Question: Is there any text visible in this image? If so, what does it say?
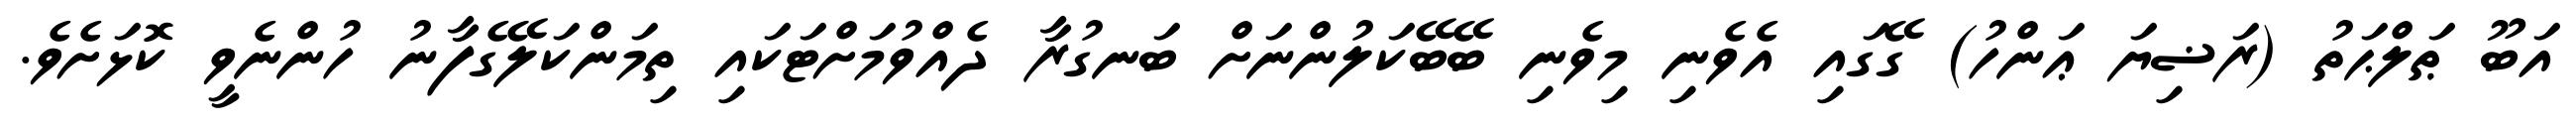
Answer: އަބޫ ޠަލްޙަތު (ރަޟިޔަ ޢަންހު) ގޭގައި އެވެނި މިވެނި ބޭބޭކަލުންނަށް ބަނގުރާ ދެއްވުމަށްޓަކައި ތިމަންކަލޭގެފާނު ހުންނެވީ ކޮޅަށެވެ.